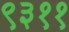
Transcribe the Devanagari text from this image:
९३११